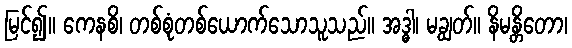
မြင်၍။ ကေနစိ၊ တစ်စုံတစ်ယောက်သောသူသည်။ အဒ္ဓါ၊ မချွတ်။ နိမန္တိတော၊